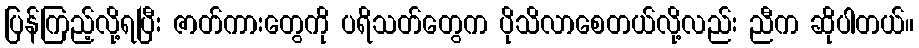
ပြန်ကြည့်လို့ရပြီး ဇာတ်ကားတွေကို ပရိသတ်တွေက ပိုသိလာစေတယ်လို့လည်း ညီက ဆိုပါတယ်။